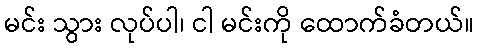
မင်း သွား လုပ်ပါ၊ ငါ မင်းကို ထောက်ခံတယ်။